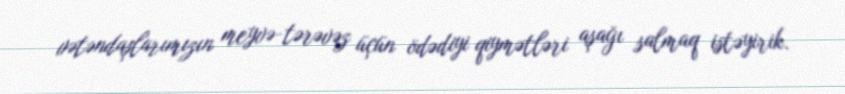
vətəndaşlarımızın meyvə-tərəvəz üçün ödədiyi qiymətləri aşağı salmaq istəyirik.